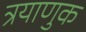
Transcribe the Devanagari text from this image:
त्रयाणुक